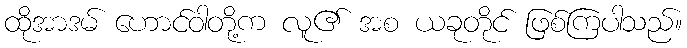
ထိုအာဒမ် ဟောင်ဝါတို့က လူ၏ အစ ယခုတိုင် ဖြစ်ကြပါသည်။